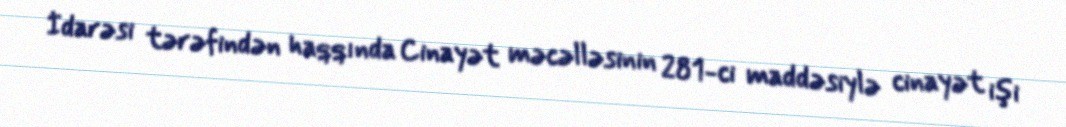
İdarəsi tərəfindən haqqında Cinayət məcəlləsinin 281-ci maddəsiylə cinayət işi